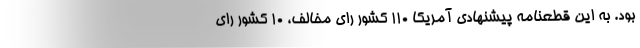
بود. به این قطعنامه پیشنهادی آمریکا 110 کشور رای مخالف، 10 کشور رای